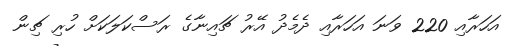
އަހަރާއި 220 ވަނަ އަހަރާއި ދެމެދު އޭރު ޗައިނާގެ ރަސްކަލަކަށް ހުރި ޗިން